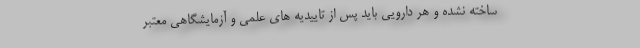
ساخته نشده و هر دارویی باید پس از تاییدیه های علمی و آزمایشگاهی معتبر